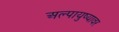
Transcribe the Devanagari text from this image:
अल्पायुष्यावर